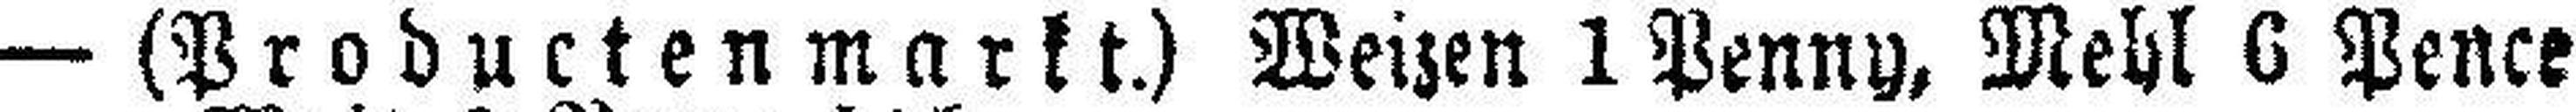
— (Productenmarkt.) Weizen 1 Penny, Mehl 6 Pence